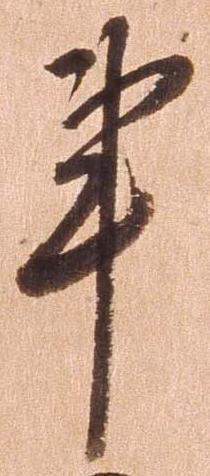
亊